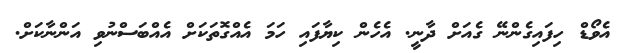
އެވޯޑް ހިފައިގެންނޭ ގެއަށް ދާނީ. އެހެން ކިޔާފައި ހަމަ އެއްގޮތަކަށް އެއްބަސްނުވި އަންނާކަށް.